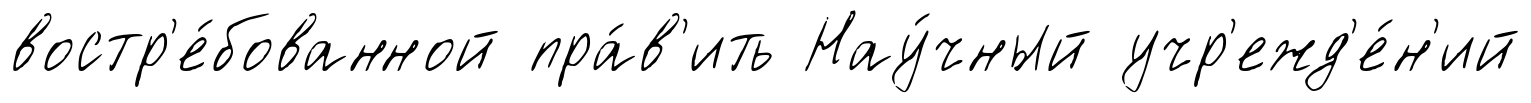
востр'е́бованной пра́в'ить Нау́чный учр'ежд'е́н'ий